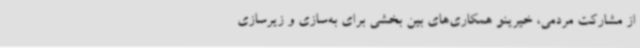
از مشارکت مردمی، خیرینو همکاری‌های بین بخشی برای به‌سازی و زیرسازی